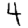
Digit: 4